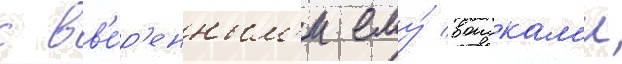
с вв'е́р'енным'и ему́ воискам'и